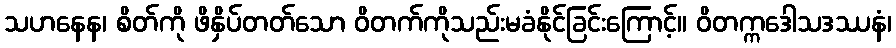
သဟနေန၊ စိတ်ကို ဖိနှိပ်တတ်သော ဝိတက်ကိုသည်းမခံနိုင်ခြင်းကြောင့်။ ဝိတက္ကဒေါသဒဿနံ၊